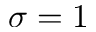
\sigma = 1